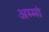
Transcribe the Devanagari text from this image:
अम्मां